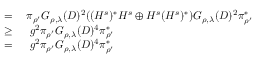
\begin{array} { r l } { \; = \; } & { { } \pi _ { \rho ^ { \prime } } G _ { \rho , \lambda } ( D ) ^ { 2 } ( ( H ^ { s } ) ^ { * } H ^ { s } \oplus H ^ { s } ( H ^ { s } ) ^ { * } ) G _ { \rho , \lambda } ( D ) ^ { 2 } \pi _ { \rho ^ { \prime } } ^ { * } } \\ { \geq \; } & { { } \; g ^ { 2 } \pi _ { \rho ^ { \prime } } G _ { \rho , \lambda } ( D ) ^ { 4 } \pi _ { \rho ^ { \prime } } ^ { * } } \\ { = \; } & { { } \; g ^ { 2 } \pi _ { \rho ^ { \prime } } G _ { \rho , \lambda } ( D ) ^ { 4 } \pi _ { \rho ^ { \prime } } ^ { * } } \end{array}